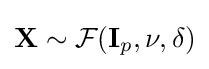
\mathbf {X} \sim {\mathcal {F}}({\mathbf {I} _{p}},\nu ,\delta )